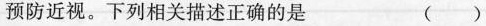
预防近视。下列相关描述正确的是 ()